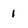
Character: 1